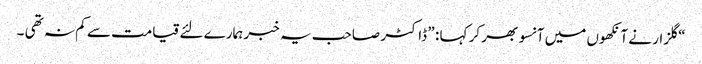
“ گلزار نے آنکھوں میں آنسو بھر کر کہا : ” ڈاکٹر صاحب یہ خبر ہمارے لئے قیامت سے کم نہ تھی ۔